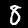
Digit: 8